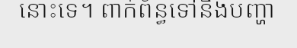
នោះទេ។ ពាក់ព័ន្ធទៅនឹងបញ្ហា